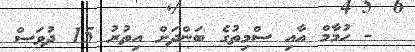
- ހުމާމް އާއި ސްމިތުގެ ބަންދަށް އިތުރު 15 ދުވަސް